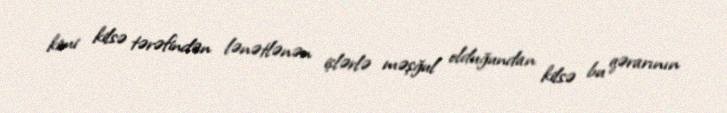
kimi kilsə tərəfindən lənətlənən işlərlə məşğul olduğundan kilsə bu qərarının